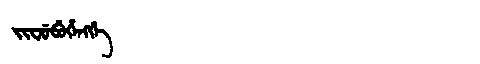
Manchu: ᠵᡳᠸᡠᠪᡠᡥᡝᠩᡤᡝ
Romanization: JIFUBUHENGGE